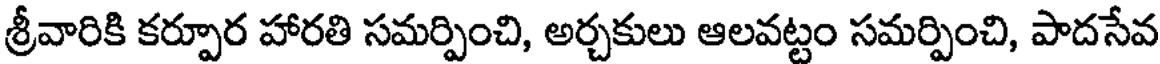
శ్రీవారికి కర్పూర హారతి సమర్పించి, అర్చకులు ఆలవట్టం సమర్పించి, పాదసేవ